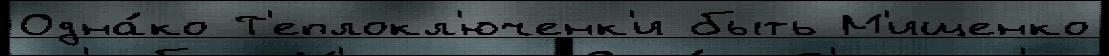
Одна́ко Т'еплокл'юченк'и быть М'ищенко